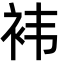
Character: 袆